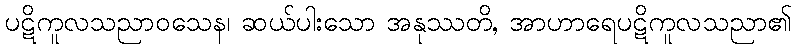
ပဋိကူလသညာဝသေန၊ ဆယ်ပါးသော အနုဿတိ, အာဟာရေပဋိကူလသညာ၏